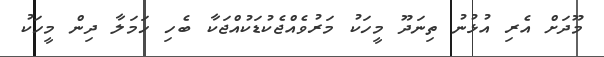
މޫދަށް އެރި އުޅުނު ތިނަދޫ މީހަކު މަރުވެއްޖެކުޑަކުއްޖަކާ ބެހި ހަމަލާ ދިން މީހަކު